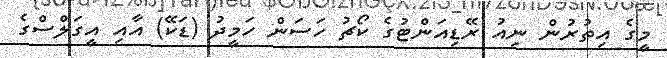
މީގެ އިތުރުން ނިއު ރޭޑިއަންޓުގެ ކޯޗު ހަސަން ހަމީދު (ޑަކޭ) އާއި އީގަލްސްގެ